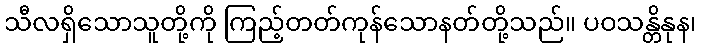
သီလရှိသောသူတို့ကို ကြည့်တတ်ကုန်သောနတ်တို့သည်။ ပဝသန္တိနုန၊